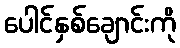
ပေါင်နှစ်ချောင်းကို